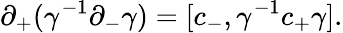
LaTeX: \partial_{+}(\gamma^{-1}\partial_{-}\gamma)=[c_{-},\gamma^{-1}c_{+}\gamma].